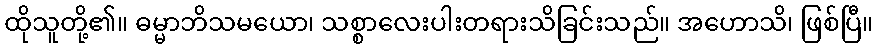
ထိုသူတို့၏။ ဓမ္မာဘိသမယော၊ သစ္စာလေးပါးတရားသိခြင်းသည်။ အဟောသိ၊ ဖြစ်ပြီ။